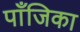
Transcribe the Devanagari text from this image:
पाँजिका